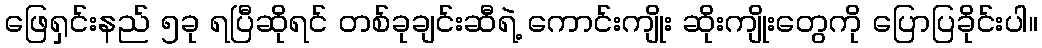
ဖြေရှင်းနည် ၅ခု ရပြီဆိုရင် တစ်ခုချင်းဆီရဲ့ ကောင်းကျိုး ဆိုးကျိုးတွေကို ပြောပြခိုင်းပါ။